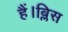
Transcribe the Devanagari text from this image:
हैं।ब्लिस